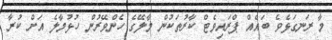
މާ ރަނގަޅެވެ ބައެއް ޕްރައިވެޓް ކާރުތަކުން މާލޭގެ ހެންވޭރުން ހުޅުމާލެ އަށް ކުރާ